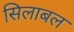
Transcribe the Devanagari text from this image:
सिलाबल